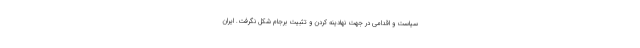
سياست و اقدامي در جهت نهادينه كردن و تثبيت برجام شكل نگرفت. ايران